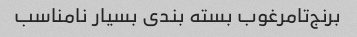
برنج‌تامرغوب بسته بندی بسیار نامناسب